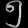
Digit: ၅